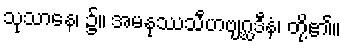
သုသာနေ၊ ၌။ အမနုဿသီဟဗျဂ္ဃဒီနံ၊ တို့၏။